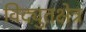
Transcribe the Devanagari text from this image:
विद्युतक्षेत्र